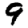
Digit: 9